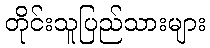
တိုင်းသူပြည်သားများ